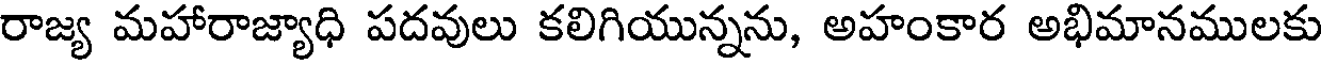
రాజ్య మహారాజ్యాధి పదవులు కలిగియున్నను, అహంకార అభిమానములకు